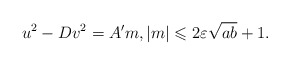
\begin{align*}u^2-Dv^2=A^\prime m, |m|\leqslant 2\varepsilon\sqrt{ab}+1.\end{align*}